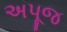
અપૂજ